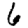
Digit: 6